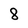
Character: 8